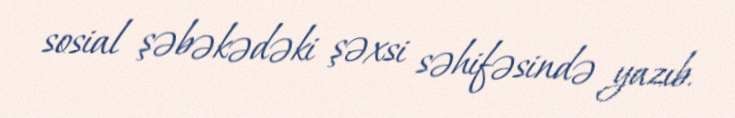
sosial şəbəkədəki şəxsi səhifəsində yazıb.